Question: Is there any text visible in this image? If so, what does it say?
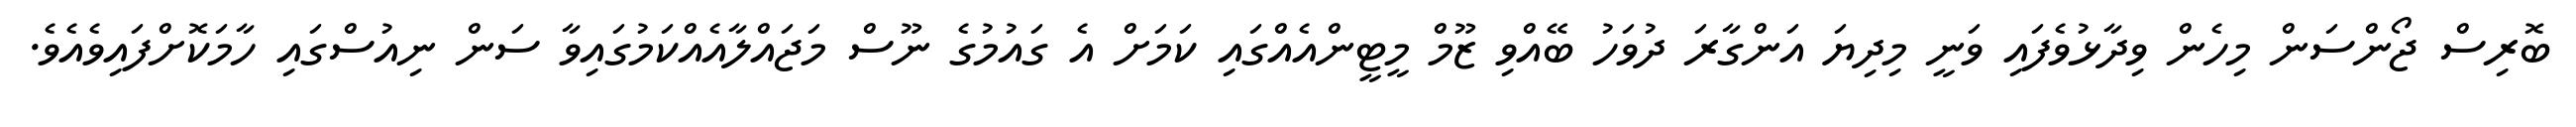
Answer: ބޮރިސް ޖޯންސަން މިހެން ވިދާޅުވެފައި ވަނީ މިދިޔަ އަންގާރަ ދުވަހު ބޭއްވި ޒޫމް މީޓީންއެއްގައި ކަމަށް އެ ގައުމުގެ ނޫސް މަޖައްލާއެއްކަމުގައިވާ ސަން ނިއުސްގައި ހާމަކޮށްފައިވެއެވެ.